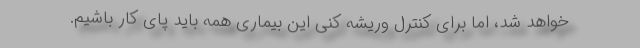
خواهد شد، اما برای کنترل وریشه کنی این بیماری همه باید پای کار باشیم.